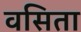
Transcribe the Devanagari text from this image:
वसिता